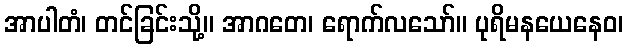
အာပါတံ၊ တင်ခြင်းသို့။ အာဂတေ၊ ရောက်လသော်။ ပုရိမနယေနေဝ၊